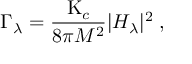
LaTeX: \Gamma _ { \lambda } = { \frac { \mathrm { K } _ { c } } { 8 \pi M ^ { 2 } } } | H _ { \lambda } | ^ { 2 } \; ,